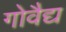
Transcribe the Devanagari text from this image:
गोवैद्य